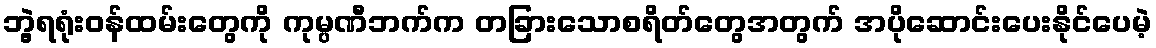
ဘွဲ့ရရုံးဝန်ထမ်းတွေကို ကုမ္ပဏီဘက်က တခြားသောစရိတ်တွေအတွက် အပိုဆောင်းပေးနိုင်ပေမဲ့